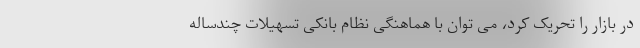
در بازار را تحریک کرد، می توان با هماهنگی نظام بانکی تسهیلات چندساله